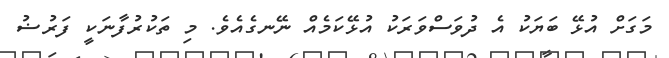
މަގަށް އުޅޭ ބަޔަކު އެ ދުވަސްވަރަކު އުޅޭކަމެއް ނޭނގެއެވެ. މި ތަކުރުފާނަކީ ފަރުޟު